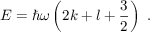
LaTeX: E = \hbar \omega \left( 2 k + l + { \frac { 3 } { 2 } } \right) ~ .